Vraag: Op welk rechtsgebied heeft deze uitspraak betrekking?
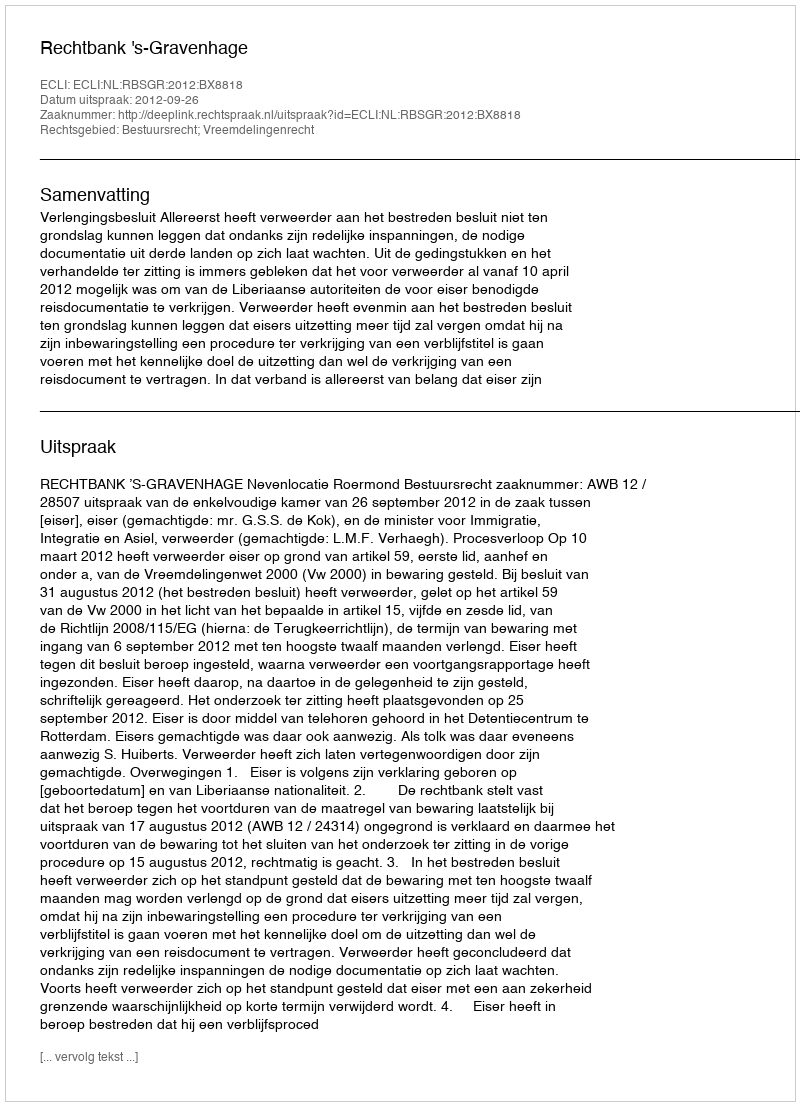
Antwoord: Bestuursrecht; Vreemdelingenrecht